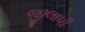
જીલાપી